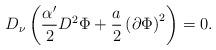
LaTeX: \begin{align*}D_\nu\left( \frac{\alpha^\prime}{2} D^2 \Phi + \frac{a}{2}\left(\partial \Phi\right)^2\right) = 0.\end{align*}